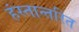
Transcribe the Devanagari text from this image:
हंस्तान्तरित